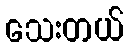
သေးတယ်